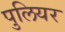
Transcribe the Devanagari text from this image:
पुलियर